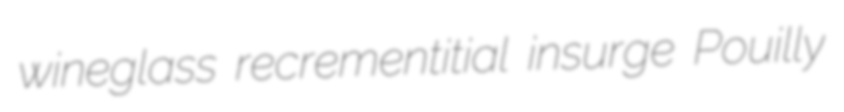
wineglass recrementitial insurge Pouilly